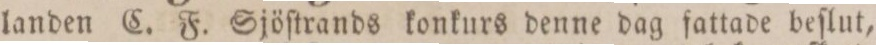
landen C. F. Sjöſtrands konkurs denne dag fattade beſlut,